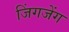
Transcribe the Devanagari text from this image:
जिंगजेंग